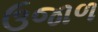
ઉજાળ